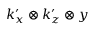
k _ { x } ^ { \prime } \otimes k _ { z } ^ { \prime } \otimes y